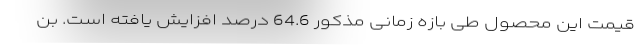
قیمت این محصول طی بازه زمانی مذکور 64.6 درصد افزایش یافته است. بن